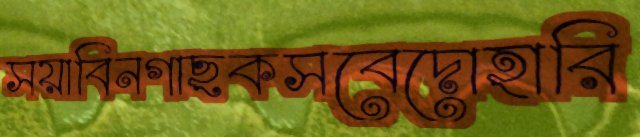
সয়াবিনগাছকসবেদোহারি